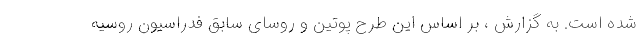
شده است. به گزارش ، بر اساس این طرح پوتین و روسای سابق فدراسیون روسیه